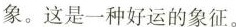
象。这是一种好运的象征。